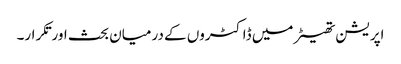
اپریشن تھیٹر میں ڈاکٹروں کے درمیان بحث اورتکرار۔